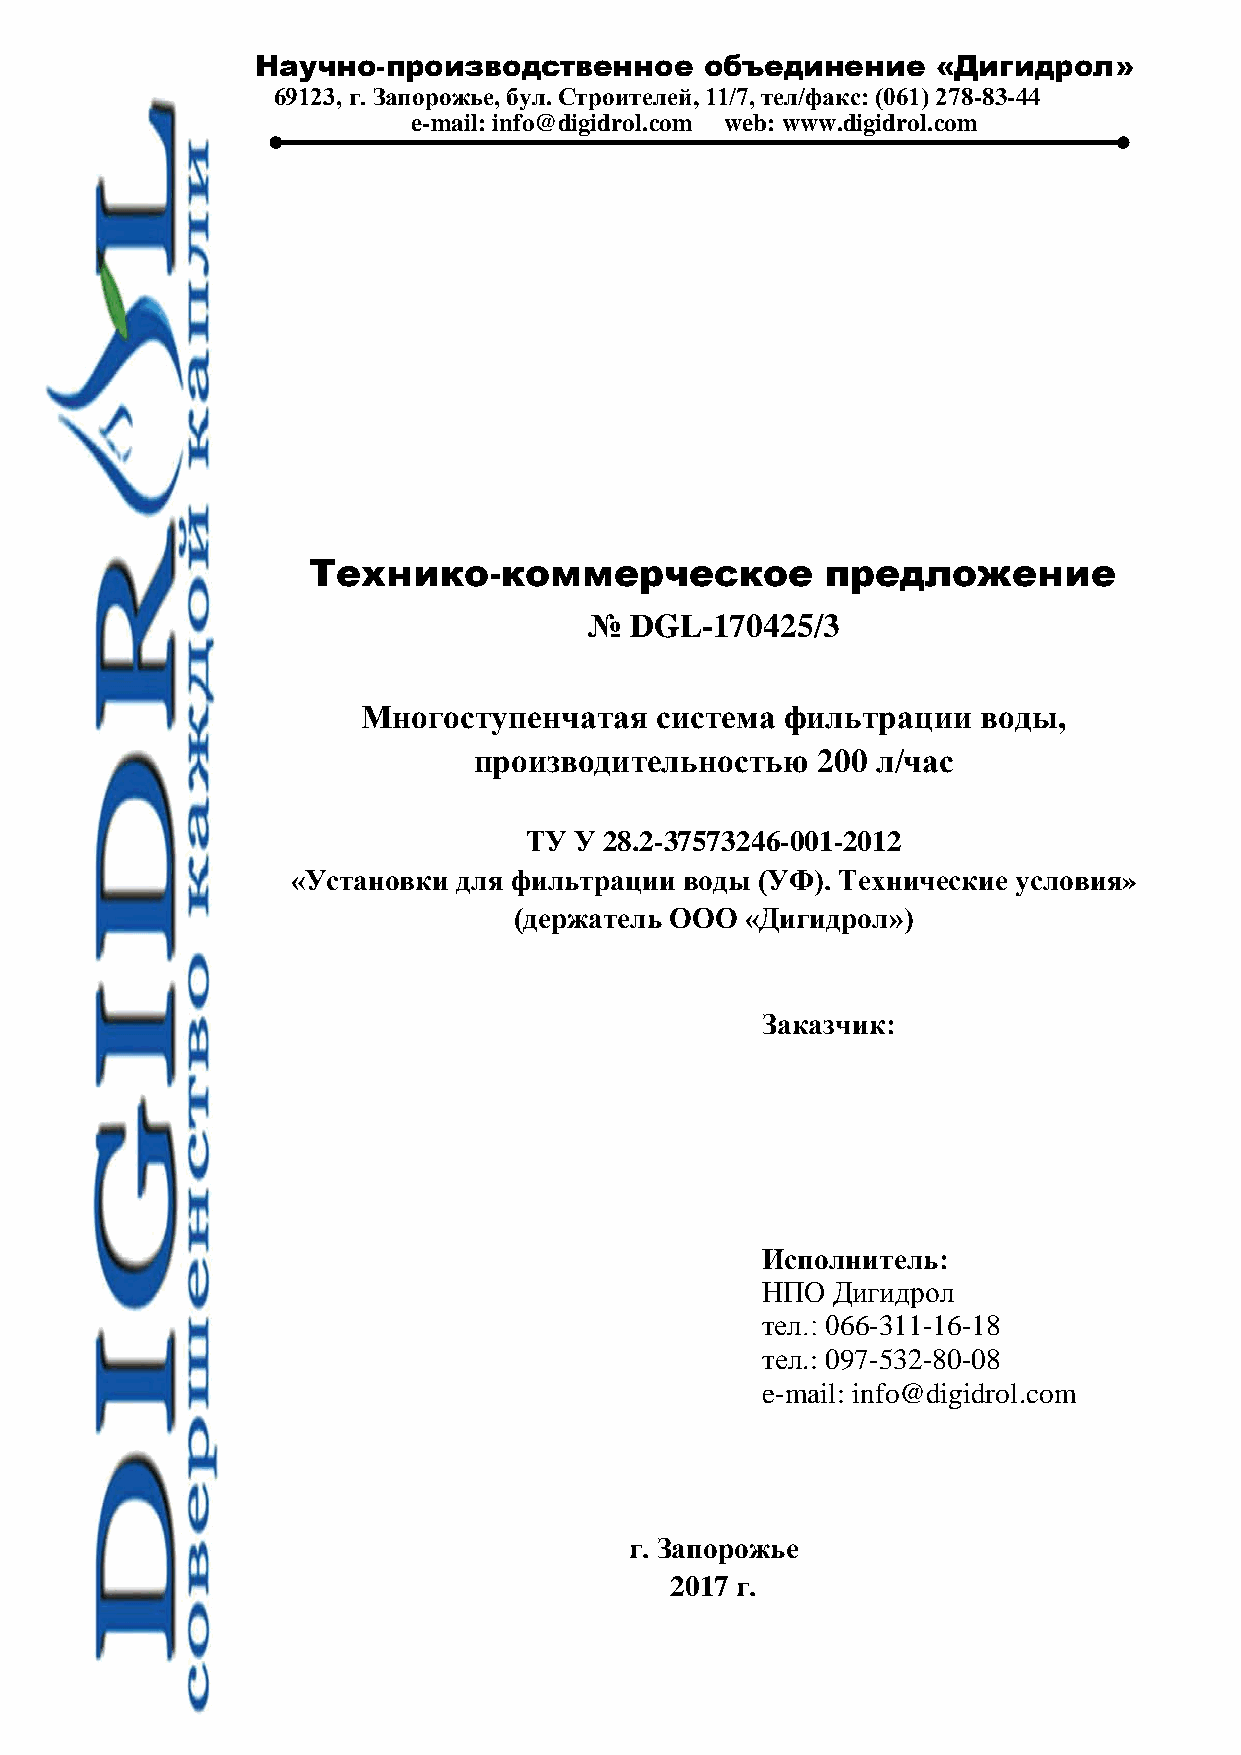
Научно-производственное       объединение    «Дигидрол»
 69123, г. Запорожье, бул. Строителей, 11/7, тел/факс: (061) 278-83-44
 e-mail: info@digidrol.com web: www.digidrol.com
 Технико-коммерческое               предложение
 №  DGL-170425/3
 Многоступенчатая   система  фильтрации   воды,
 производительностью    200 л/час
 ТУ У 28.2-37573246-001-2012
 «Установки для фильтрации воды (УФ). Технические условия»
 (держатель ООО «Дигидрол»)
 Заказчик:
 Исполнитель:
 НПО  Дигидрол
 тел.: 066-311-16-18
 тел.: 097-532-80-08
 e-mail: info@digidrol.com
 г. Запорожье
 2017 г.